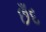
છઁદ